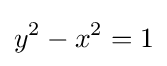
y^{2}-x^{2}=1